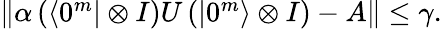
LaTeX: \begin{array}{r}{\left\| \alpha\left(\left\langle 0^{m}\right|\otimes I\right)U\left(\left|0^{m}\right\rangle\otimes I\right)-A\right\| \le\gamma.}\end{array}